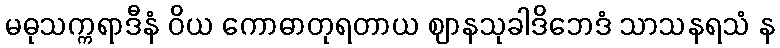
မဓုသက္ကရာဒီနံ ဝိယ ကောဓာတုရတာယ ဈာနသုခါဒိဘေဒံ သာသနရသံ န